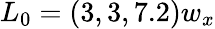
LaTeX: L_{0}=(3,3,7.2)w_{x}